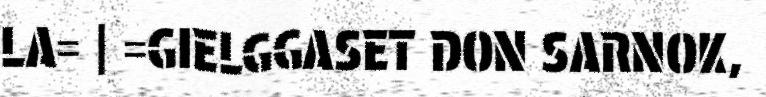
LA= | =GIELGGASET DON SARNOK,